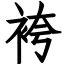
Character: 袴